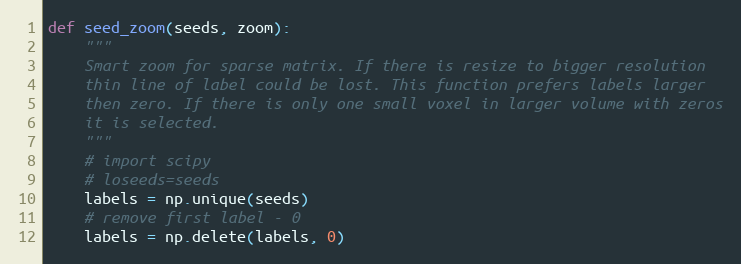
Language: Python
def seed_zoom(seeds, zoom):
    """
    Smart zoom for sparse matrix. If there is resize to bigger resolution
    thin line of label could be lost. This function prefers labels larger
    then zero. If there is only one small voxel in larger volume with zeros
    it is selected.
    """
    # import scipy
    # loseeds=seeds
    labels = np.unique(seeds)
    # remove first label - 0
    labels = np.delete(labels, 0)